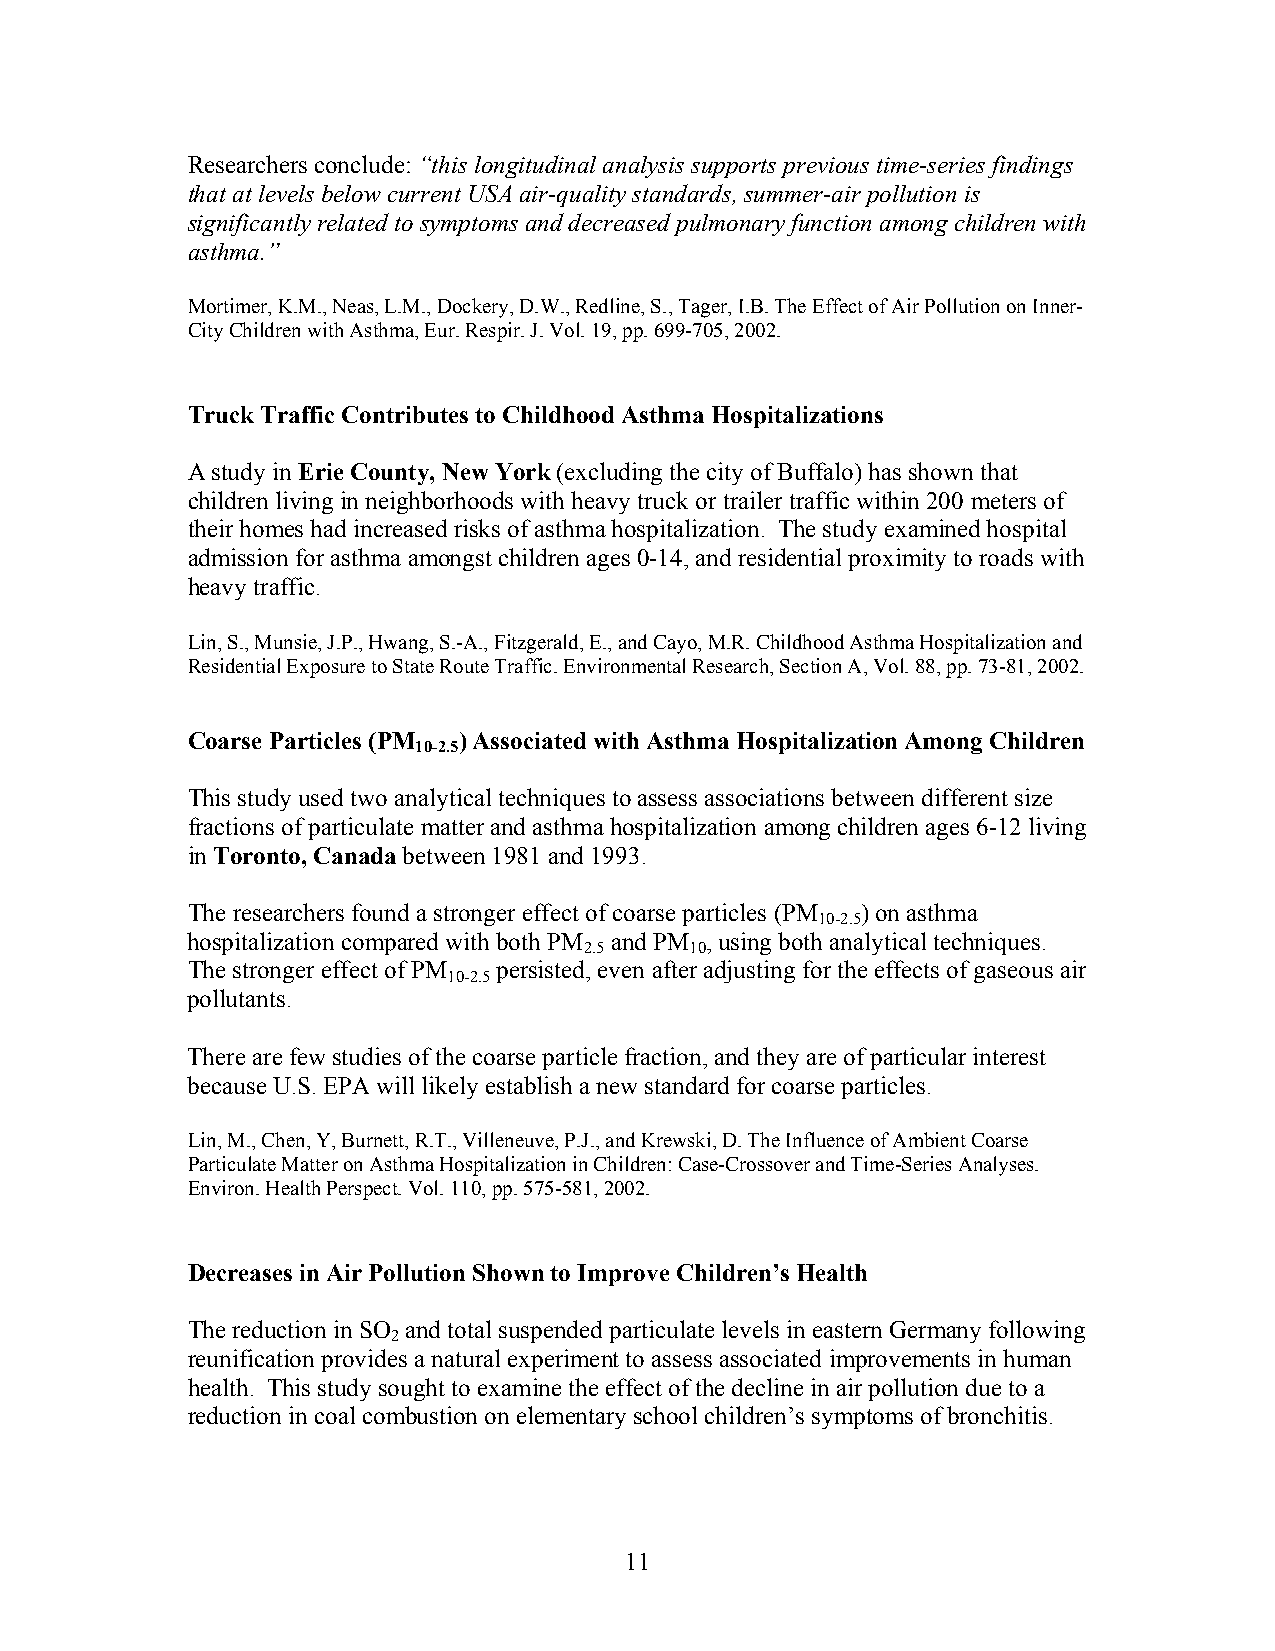
Researchers conclude: “this longitudinal analysis supports previous time-series findings
 that at levels below current USA air-quality standards, summer-air pollution is
 significantly related to symptoms and decreased pulmonary function among children with
 asthma.”
 Mortimer, K.M., Neas, L.M., Dockery, D.W., Redline, S., Tager, I.B. The Effect of Air Pollution on Inner-
 City Children with Asthma, Eur. Respir. J. Vol. 19, pp. 699-705, 2002.
 Truck Traffic Contributes to Childhood Asthma Hospitalizations
 A study in Erie County, New York (excluding the city of Buffalo) has shown that
 children living in neighborhoods with heavy truck or trailer traffic within 200 meters of
 their homes had increased risks of asthma hospitalization. The study examined hospital
 admission for asthma amongst children ages 0-14, and residential proximity to roads with
 heavy traffic.
 Lin, S., Munsie, J.P., Hwang, S.-A., Fitzgerald, E., and Cayo, M.R. Childhood Asthma Hospitalization and
 Residential Exposure to State Route Traffic. Environmental Research, Section A, Vol. 88, pp. 73-81, 2002.
 Coarse Particles (PM ) Associated with Asthma Hospitalization Among Children
 10-2.5
 This study used two analytical techniques to assess associations between different size
 fractions of particulate matter and asthma hospitalization among children ages 6-12 living
 in Toronto, Canada between 1981 and 1993.
 The researchers found a stronger effect of coarse particles (PM ) on asthma
 10-2.5
 hospitalization compared with both PM and PM , using both analytical techniques.
 2.5    10
 The stronger effect of PM persisted, even after adjusting for the effects of gaseous air
 10-2.5
 pollutants.
 There are few studies of the coarse particle fraction, and they are of particular interest
 because U.S. EPA will likely establish a new standard for coarse particles.
 Lin, M., Chen, Y, Burnett, R.T., Villeneuve, P.J., and Krewski, D. The Influence of Ambient Coarse
 Particulate Matter on Asthma Hospitalization in Children: Case-Crossover and Time-Series Analyses.
 Environ. Health Perspect. Vol. 110, pp. 575-581, 2002.
 Decreases in Air Pollution Shown to Improve Children’s Health
 The reduction in SO and total suspended particulate levels in eastern Germany following
 2
 reunification provides a natural experiment to assess associated improvements in human
 health. This study sought to examine the effect of the decline in air pollution due to a
 reduction in coal combustion on elementary school children’s symptoms of bronchitis.
 11